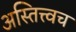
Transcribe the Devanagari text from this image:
अस्तित्त्वच